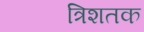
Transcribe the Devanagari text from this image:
त्रिशतक